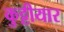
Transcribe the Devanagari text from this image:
कुट्टीयार